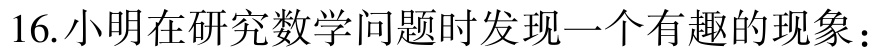
16.小明在研究数学问题时发现一个有趣的现象：